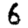
Digit: 6